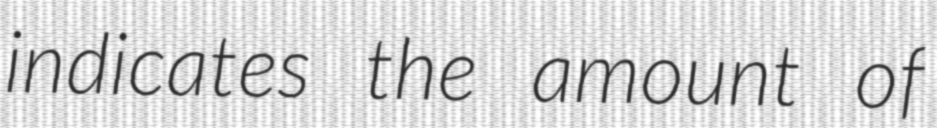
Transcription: indicates the amount of